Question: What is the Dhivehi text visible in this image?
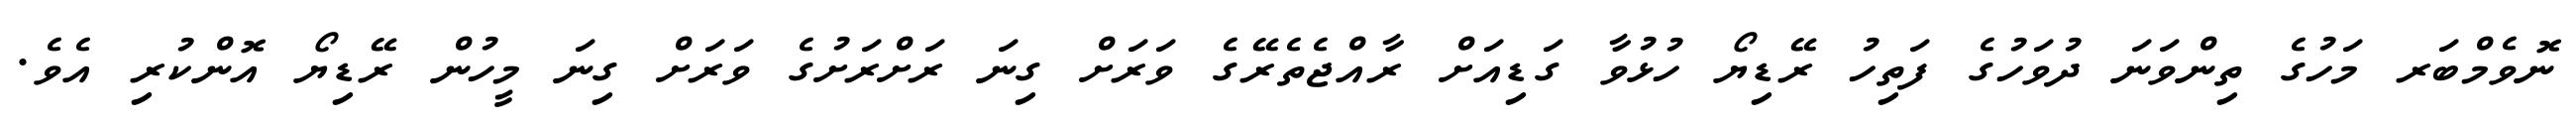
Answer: ނޮވެމްބަރ މަހުގެ ތިންވަނަ ދުވަހުގެ ފަތިހު ރޭޑިޔޯ ހުޅުވާ ގަޑިއަށް ރާއްޖެތެރޭގެ ވަރަށް ގިނަ ރަށްރަށުގެ ވަރަށް ގިނަ މީހުން ރޭޑިޔޯ އޮންކުރި އެވެ.